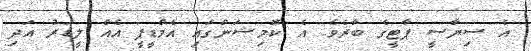
އެ ސިޔާސީ ޕާޓީގެ ބާރެވެ. އެ ކޮމިޝަންގައި އެމްޑީޕީ އެއް ލީޑަރު އަދި